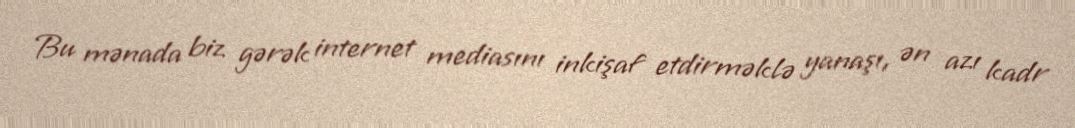
Bu mənada biz gərək internet mediasını inkişaf etdirməklə yanaşı, ən azı kadr